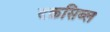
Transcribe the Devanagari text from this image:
दक्रसिब्ल